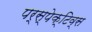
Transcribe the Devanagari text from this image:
पर्स्पेक्टिव्स